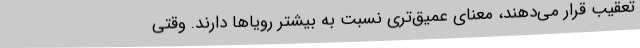
تعقیب قرار می‌دهند، معنای عمیق‌تری نسبت به بیشتر رویاها دارند. وقتی